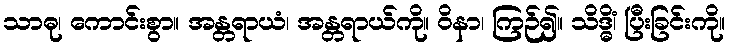
သာဓု၊ ကောင်းစွာ။ အန္တရာယံ၊ အန္တရာယ်ကို။ ဝိနာ၊ ကြဉ်၍။ သိဒ္ဓိံ၊ ပြီးခြင်းကို။